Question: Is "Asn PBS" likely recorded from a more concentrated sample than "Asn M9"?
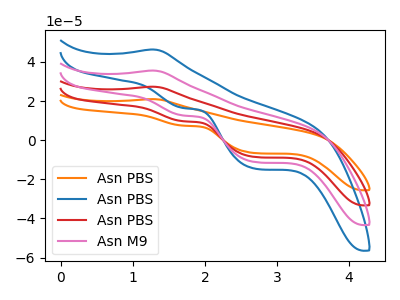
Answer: <think>The orange curve "Asn PBS" has an anodic peak at (1.30V, 106.80uA) and cathodic peaks at (1.70V, 37.85uA) (2.70V, -33.60uA). The blue curve "Asn PBS" has an anodic peak at (1.30V, 46.35uA) and cathodic peaks at (1.70V, 16.45uA) (2.70V, -14.60uA). The red curve "Asn PBS" has an anodic peak at (1.30V, 71.20uA) and cathodic peaks at (1.70V, 25.25uA) (2.70V, -22.40uA). The pink curve "Asn M9" has an anodic peak at (1.30V, 35.60uA) and cathodic peaks at (1.70V, 12.60uA) (2.70V, -11.20uA).
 All the peaks in "Asn PBS" have a peak in "Asn M9" at the same potential.</think>
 <answer>I cant tell if "Asn PBS" or "Asn M9" has more signal.</answer>
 <eval>mixed_signal</eval>